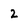
Character: 2